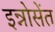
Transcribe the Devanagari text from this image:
इन्नोसेंत